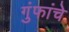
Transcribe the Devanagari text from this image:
गुंफांचे